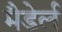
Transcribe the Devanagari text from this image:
मैडेर्ल